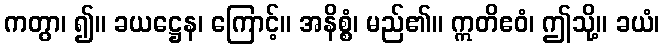
ကတွာ၊ ၍။ ခယဋ္ဌေန၊ ကြောင့်။ အနိစ္စံ၊ မည်၏။ ဣတိဧဝံ၊ ဤသို့။ ခယံ၊